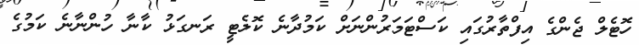
ހޮޓެލް ޖެންގެ އިފްތާރުގައި ކަސްޓަމަރުންނަށް ކަމުދާނެ ކޮލެޓީ ރަނގަޅު ކާނާ ހުންނާނެ ކަމުގެ